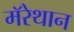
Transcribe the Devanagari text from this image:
मॅरेथान